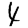
Digit: 4